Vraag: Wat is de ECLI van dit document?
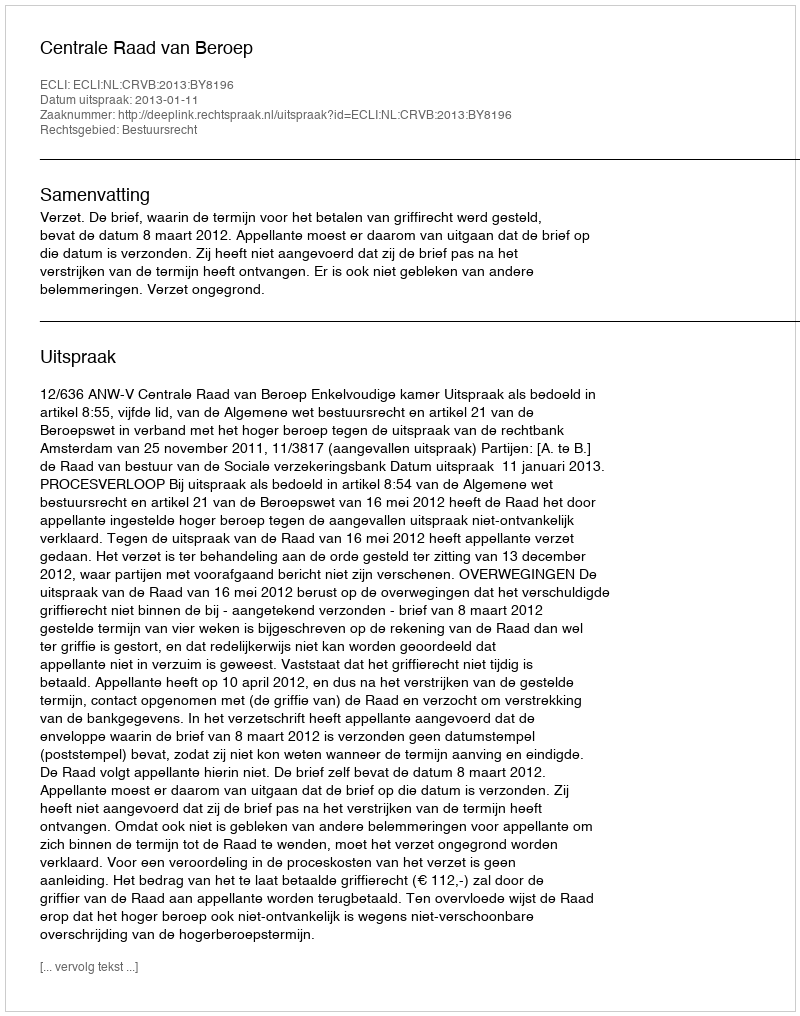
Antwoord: ECLI:NL:CRVB:2013:BY8196